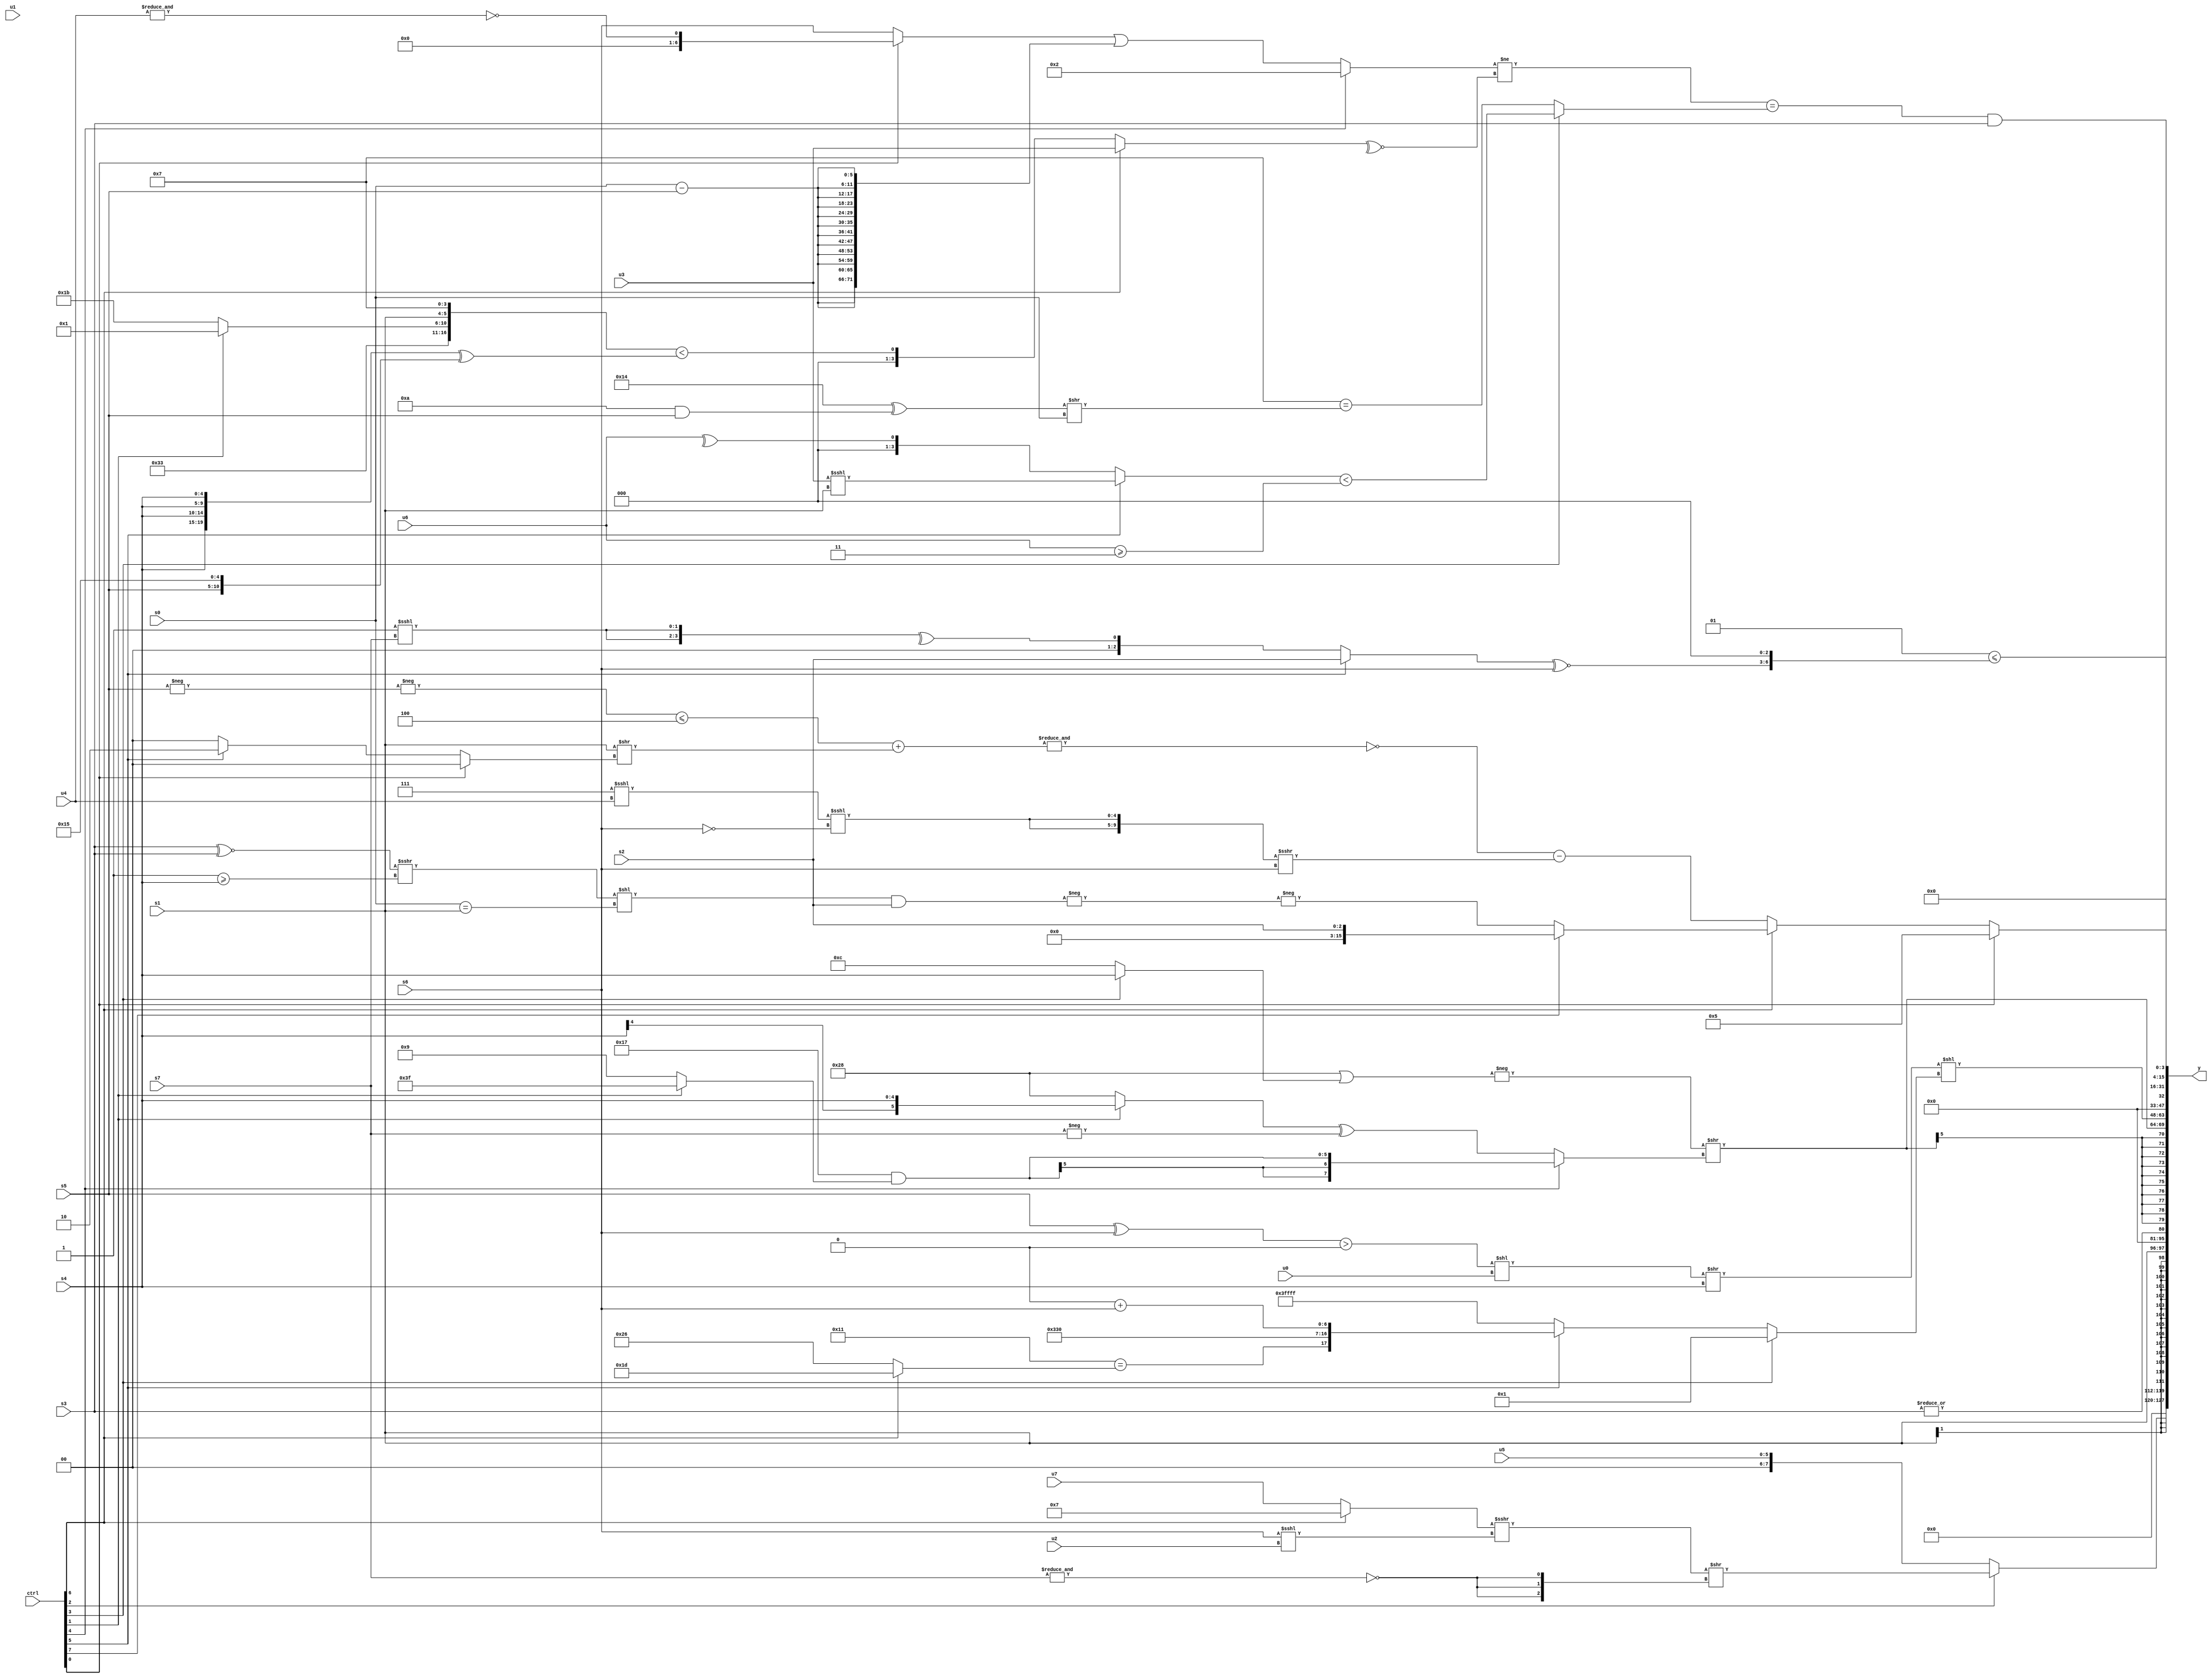
module wideexpr_00573(ctrl, u0, u1, u2, u3, u4, u5, u6, u7, s0, s1, s2, s3, s4, s5, s6, s7, y);
  input [7:0] ctrl;
  input [0:0] u0;
  input [1:0] u1;
  input [2:0] u2;
  input [3:0] u3;
  input [4:0] u4;
  input [5:0] u5;
  input [6:0] u6;
  input [7:0] u7;
  input signed [0:0] s0;
  input signed [1:0] s1;
  input signed [2:0] s2;
  input signed [3:0] s3;
  input signed [4:0] s4;
  input signed [5:0] s5;
  input signed [6:0] s6;
  input signed [7:0] s7;
  output [127:0] y;
  wire [15:0] y0;
  wire [15:0] y1;
  wire [15:0] y2;
  wire [15:0] y3;
  wire [15:0] y4;
  wire [15:0] y5;
  wire [15:0] y6;
  wire [15:0] y7;
  assign y = {y0,y1,y2,y3,y4,y5,y6,y7};
  assign y0 = (ctrl[2]?$unsigned(($signed(((ctrl[6]?3'b111:u7))>>>((s6)<<<(u2))))>>({3{~&({4{s7}})}})):u5);
  assign y1 = s1;
  assign y2 = |(s3);
  assign y3 = $signed((-((6'b101000)|((ctrl[3]?s4:6'sb001100))))>>((ctrl[4]?($signed(6'b110111))&((ctrl[1]?3'sb111:6'sb001001)):((ctrl[1]?s4:6'sb101000))^(-(s7)))));
  assign y4 = ((+(^($signed((((s5)^(s6))>($signed(1'sb0)))<<({1{-(u0)}})))))>>(s4))<<((ctrl[3]?5'sb00001:(ctrl[5]?($signed({((6'b101111)^~(1'sb1))==((ctrl[6]?5'sb11101:6'sb100110)),$signed(2'sb11),{{1{5'sb00110}},(3'sb101)<<<(4'sb1101),(4'b0000)+(s6)}}))>>>($signed((-((3'sb011)^~(6'sb000011)))<<(~({4{3'sb100}})))):+(2'sb11))));
  assign y5 = (+(3'sb001))<=((($signed((ctrl[5]?s2:^({2{(2'b01)<<<(s7)}}))))^~(s6))<<<(2'sb11));
  assign y6 = (ctrl[0]?4'sb0101:(ctrl[6]?(ctrl[7]?s2:-(-(((((s3)^~(s3))>>>((1'sb1)>=(s4)))<<($signed((s0)==(s1))))&(s2)))):+((~&(((-(-(s5)))<=($signed(+(4'sb1100))))+(({s1})>>((ctrl[0]?~|(2'sb10):(ctrl[5]?3'sb010:3'b000))))))-(({2{((+(5'b00111))<<<($signed(u4)))<<<(~((s6)>>(2'sb00)))}})>>>(s6)))));
  assign y7 = ((((ctrl[4]?2'sb10:($signed((ctrl[0]?~&(u4):{2'sb00,s6})))|({3{{4{(s0)-(s5)}}}})))!=(~^((ctrl[6]?u3:({-(6'sb001101),(ctrl[1]?2'sb01:5'b11011),{1{s1}},(4'b0110)^(3'sb001)})<(({4{s4}})^({s5,5'sb10101}))))))==((ctrl[3]?$signed(+(((ctrl[5]?(u3)<<<(s1):^(u6)))<((u6)>=((4'b0011)>>>(1'sb0))))):(4'sb0111)==(((5'sb10100)^((-(5'sb10110))&(s5)))>>(s0)))))&(s3);
endmodule